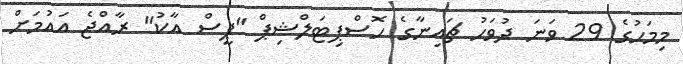
މިމަހުގެ 29 ވަނަ ދުވަހު ޗައިނާގެ ހޮސްޕިޓަލްޝިޕް "ޕީސް އާކު" ރާއްޖެ އައުމަށް